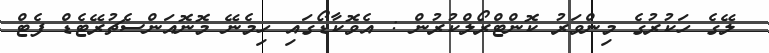
ލޭގެ ހަކުރުގެ މިންވަރު ކޮންޓްރޯލްކުރުން : އެވޮކާޑޯގައި ހިމެނޭ މޮނޮއަންސެޗުރޭޓެޑް ފެޓް